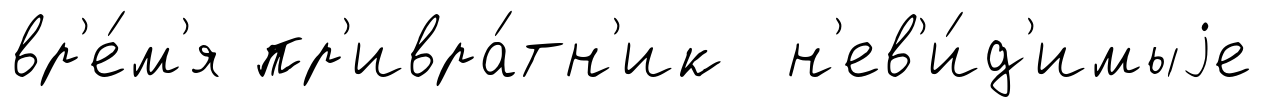
вр'е́м'я пр'ивра́тн'ик н'ев'и́д'имыjе